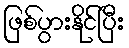
ဖြစ်ပွားနိုင်ပြီး